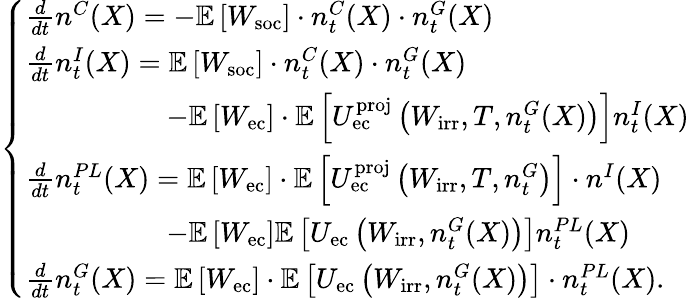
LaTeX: \left\{ \begin{array}{ll}{\frac{d}{dt}n^{C}(X)=-\mathbb{E}\left[W_{\mathrm{soc}}\right]\cdot n_{t}^{C}(X)\cdot n_{t}^{G}(X)}\\ {\frac{d}{dt}n_{t}^{I}(X)=\mathbb{E}\left[W_{\mathrm{soc}}\right]\cdot n_{t}^{C}(X)\cdot n_{t}^{G}(X)}\\ {\quad\quad\quad\quad\quad-\mathbb{E}\left[W_{\mathrm{ec}}\right]\cdot\mathbb{E}\left[U_{\mathrm{ec}}^{\mathrm{proj}}\left(W_{\mathrm{irr}},T,n_{t}^{G}(X)\right)\right]n_{t}^{I}(X)}\\ {\frac{d}{dt}n_{t}^{PL}(X)=\mathbb{E}\left[W_{\mathrm{ec}}\right]\cdot\mathbb{E}\left[U_{\mathrm{ec}}^{\mathrm{proj}}\left(W_{\mathrm{irr}},T,n_{t}^{G}\right)\right]\cdot n^{I}(X)}\\ {\quad\quad\quad\quad\quad-\mathbb{E}\left[W_{\mathrm{ec}}\right]\mathbb{E}\left[U_{\mathrm{ec}}\left(W_{\mathrm{irr}},n_{t}^{G}(X)\right)\right]n_{t}^{PL}(X)}\\ {\frac{d}{dt}n_{t}^{G}(X)=\mathbb{E}\left[W_{\mathrm{ec}}\right]\cdot\mathbb{E}\left[U_{\mathrm{ec}}\left(W_{\mathrm{irr}},n_{t}^{G}(X)\right)\right]\cdot n_{t}^{PL}(X).}\end{array}\right.